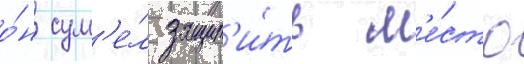
о́н сум'е́л защит'и́ть м'е́сто